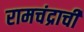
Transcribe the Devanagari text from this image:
रामचंद्राची